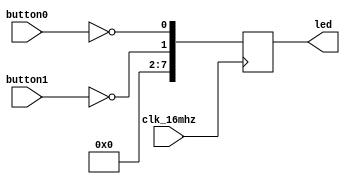
/* Buttons connected to leds via registers. */

// Force error when implicit net has no type.
`default_nettype none

module button_led_reg1
(
    input wire clk_16mhz,
    input wire button0,
    input wire button1,
    output reg [7:0] led
);


always @ (posedge clk_16mhz)
begin
    led[0] <= ~button0;
    led[1] <= ~button1;
    led[7:2] <= 0;
end

endmodule